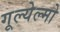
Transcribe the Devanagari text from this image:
गूल्येल्मो